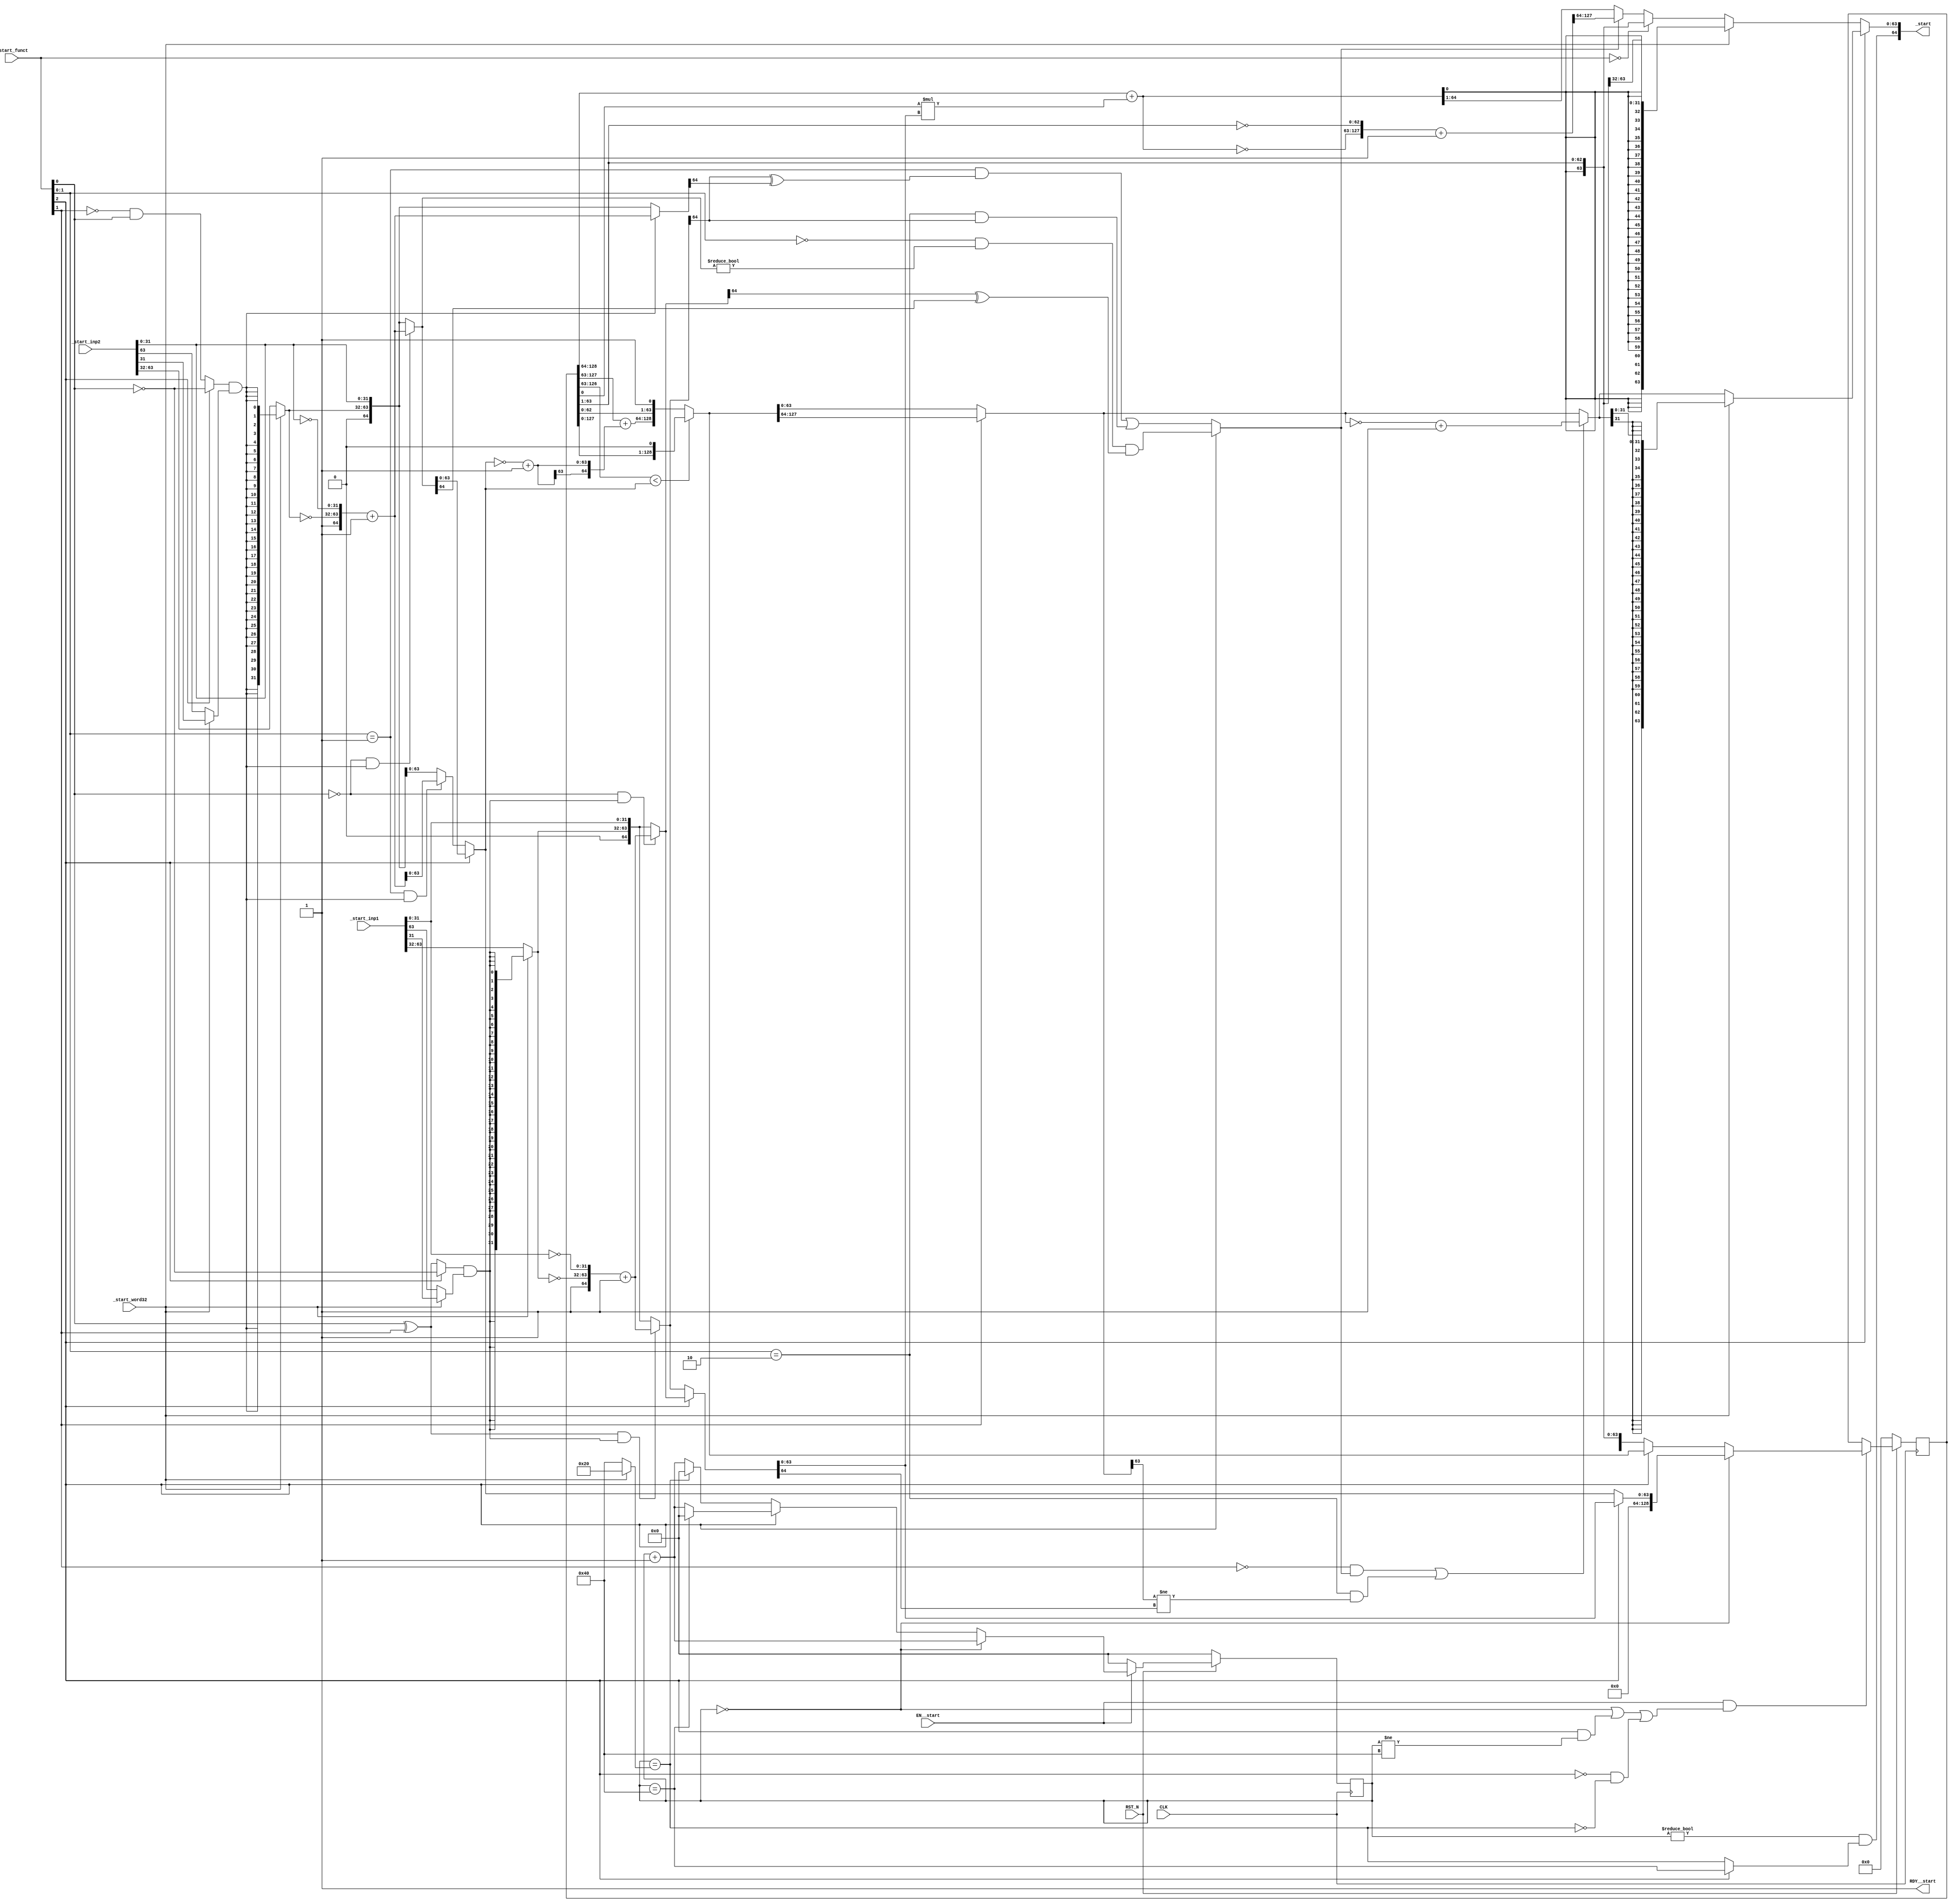
//
// Generated by Bluespec Compiler, version 2015.09.beta2 (build 34689, 2015-09-07)
//
// On Mon Dec 19 16:37:05 IST 2016
//
//
// Ports:
// Name                         I/O  size props
// _start                         O    65
// RDY__start                     O     1 const
// CLK                            I     1 clock
// RST_N                          I     1 reset
// _start_inp1                    I    64
// _start_inp2                    I    64
// _start_funct                   I     3
// _start_word32                  I     1
// EN__start                      I     1
//
// Combinational paths from inputs to outputs:
//   (_start_inp1, _start_inp2, _start_funct, _start_word32) -> _start
//
//

`ifdef BSV_ASSIGNMENT_DELAY
`else
  `define BSV_ASSIGNMENT_DELAY
`endif

`ifdef BSV_POSITIVE_RESET
  `define BSV_RESET_VALUE 1'b1
  `define BSV_RESET_EDGE posedge
`else
  `define BSV_RESET_VALUE 1'b0
  `define BSV_RESET_EDGE negedge
`endif

module mkmuldiv(CLK,
		RST_N,

		_start_inp1,
		_start_inp2,
		_start_funct,
		_start_word32,
		EN__start,
		_start,
		RDY__start);
  input  CLK;
  input  RST_N;

  // actionvalue method _start
  input  [63 : 0] _start_inp1;
  input  [63 : 0] _start_inp2;
  input  [2 : 0] _start_funct;
  input  _start_word32;
  input  EN__start;
  output [64 : 0] _start;
  output RDY__start;

  // signals for module outputs
  wire [64 : 0] _start;
  wire RDY__start;

  // register partial_prod
  reg [128 : 0] partial_prod;
  wire [128 : 0] partial_prod$D_IN;
  wire partial_prod$EN;

  // register rg_state_counter
  reg [6 : 0] rg_state_counter;
  wire [6 : 0] rg_state_counter$D_IN;
  wire rg_state_counter$EN;

  // rule scheduling signals
  wire CAN_FIRE_RL_rg_state_counter__dreg_update,
       CAN_FIRE__start,
       WILL_FIRE_RL_rg_state_counter__dreg_update,
       WILL_FIRE__start;

  // remaining internal signals
  wire [128 : 0] IF_NOT_start_funct_BIT_1_06_AND_IF_start_funct_ETC___d138,
		 _1_CONCAT_INV_partial_prod_9_BITS_128_TO_64_2_P_ETC__q3,
		 _theResult_____2__h2181,
		 remainder__h1544,
		 temp1___1__h2378,
		 temp1___2__h2356,
		 temp1___2__h2402,
		 temp1__h1185,
		 temp1__h1190;
  wire [127 : 0] _0_CONCAT_partial_prod_9_BIT_0_3_4_MUL_IF_start_ETC___d85;
  wire [64 : 0] IF_IF_start_funct_BIT_2_THEN_INV_start_funct_B_ETC___d116,
		SEXT_INV_IF_start_funct_BIT_2_THEN_IF_NOT_star_ETC___d77,
		_1_CONCAT_INV_IF_start_word32_THEN_SEXT_IF_star_ETC___d24,
		_1_CONCAT_INV_IF_start_word32_THEN_SEXT_IF_star_ETC___d45,
		in1___1__h343,
		in1__h278,
		in1__h658,
		in2___1__h344,
		in2__h279,
		in2__h659,
		partial_prod_9_BITS_128_TO_64_2_PLUS_0_CONCAT__ETC___d88,
		sub__h1191,
		sub__h1545;
  wire [63 : 0] IF_IF_start_funct_BIT_2_THEN_start_funct_BITS__ETC___d155,
		IF_start_funct_BIT_2_THEN_IF_start_word32_THEN_ETC___d158,
		IF_start_funct_EQ_0_47_THEN_partial_prod_9_BIT_ETC___d156,
		temp1190_BITS_127_TO_64__q1,
		temp1190_BITS_63_TO_0__q2,
		x__h1724;
  wire [31 : 0] IF_NOT_start_funct_BIT_1_06_AND_IF_start_funct_ETC__q4,
		upper_bits__h422,
		upper_bits__h803,
		x__h2244;
  wire [6 : 0] IF_start_funct_BIT_2_THEN_IF_rg_state_counter__ETC___d96,
	       x__h175,
	       x__h2196,
	       y__h1803;
  wire IF_start_funct_BIT_2_THEN_start_funct_BITS_1_T_ETC___d123,
       NOT_start_funct_BIT_1_06_AND_IF_start_funct_BI_ETC___d135,
       rg_state_counter_3_EQ_IF_start_word32_THEN_32__ETC___d60,
       rs1_signed__h271,
       rs2_signed__h272,
       sign__h421,
       sign__h802,
       start_funct_BIT_0_XOR_start_funct_BIT_1___d10,
       x__h839;

  // actionvalue method _start
  assign _start =
	     { rg_state_counter != 7'd0 &&
	       (_start_funct[2] ?
		  rg_state_counter == 7'd64 :
		  rg_state_counter_3_EQ_IF_start_word32_THEN_32__ETC___d60),
	       IF_start_funct_BIT_2_THEN_IF_start_word32_THEN_ETC___d158 } ;
  assign RDY__start = 1'd1 ;
  assign CAN_FIRE__start = 1'd1 ;
  assign WILL_FIRE__start = EN__start ;

  // rule RL_rg_state_counter__dreg_update
  assign CAN_FIRE_RL_rg_state_counter__dreg_update = 1'd1 ;
  assign WILL_FIRE_RL_rg_state_counter__dreg_update = 1'd1 ;

  // register partial_prod
  assign partial_prod$D_IN =
	     (rg_state_counter == 7'd0) ?
	       { 65'd0,
		 _start_funct[2] ? in1__h278[63:0] : in2__h279[63:0] } :
	       (_start_funct[2] ? temp1__h1190 : temp1__h1185) ;
  assign partial_prod$EN =
	     EN__start &&
	     (rg_state_counter == 7'd0 ||
	      _start_funct[2] && rg_state_counter != 7'd64 ||
	      !_start_funct[2] &&
	      !rg_state_counter_3_EQ_IF_start_word32_THEN_32__ETC___d60) ;

  // register rg_state_counter
  assign rg_state_counter$D_IN = EN__start ? x__h175 : 7'd0 ;
  assign rg_state_counter$EN = 1'd1 ;

  // remaining internal signals
  assign IF_IF_start_funct_BIT_2_THEN_INV_start_funct_B_ETC___d116 =
	     sign__h802 ?
	       _1_CONCAT_INV_IF_start_word32_THEN_SEXT_IF_star_ETC___d45 :
	       { 1'd0, upper_bits__h803, _start_inp2[31:0] } ;
  assign IF_IF_start_funct_BIT_2_THEN_start_funct_BITS__ETC___d155 =
	     IF_start_funct_BIT_2_THEN_start_funct_BITS_1_T_ETC___d123 ?
	       _1_CONCAT_INV_partial_prod_9_BITS_128_TO_64_2_P_ETC__q3[127:64] :
	       partial_prod_9_BITS_128_TO_64_2_PLUS_0_CONCAT__ETC___d88[64:1] ;
  assign IF_NOT_start_funct_BIT_1_06_AND_IF_start_funct_ETC___d138 =
	     NOT_start_funct_BIT_1_06_AND_IF_start_funct_BI_ETC___d135 ?
	       temp1___2__h2356 :
	       _theResult_____2__h2181 ;
  assign IF_NOT_start_funct_BIT_1_06_AND_IF_start_funct_ETC__q4 =
	     IF_NOT_start_funct_BIT_1_06_AND_IF_start_funct_ETC___d138[31:0] ;
  assign IF_start_funct_BIT_2_THEN_IF_rg_state_counter__ETC___d96 =
	     _start_funct[2] ?
	       ((rg_state_counter == 7'd64) ? 7'd0 : x__h2196) :
	       (rg_state_counter_3_EQ_IF_start_word32_THEN_32__ETC___d60 ?
		  7'd0 :
		  x__h2196) ;
  assign IF_start_funct_BIT_2_THEN_IF_start_word32_THEN_ETC___d158 =
	     _start_funct[2] ?
	       (_start_word32 ?
		  { {32{IF_NOT_start_funct_BIT_1_06_AND_IF_start_funct_ETC__q4[31]}},
		    IF_NOT_start_funct_BIT_1_06_AND_IF_start_funct_ETC__q4 } :
		  IF_NOT_start_funct_BIT_1_06_AND_IF_start_funct_ETC___d138[63:0]) :
	       (_start_word32 ?
		  { {32{x__h2244[31]}}, x__h2244 } :
		  IF_start_funct_EQ_0_47_THEN_partial_prod_9_BIT_ETC___d156) ;
  assign IF_start_funct_BIT_2_THEN_start_funct_BITS_1_T_ETC___d123 =
	     _start_funct[2] ?
	       _start_funct[1:0] == 2'd0 && in2__h659 != 65'd0 &&
	       in1__h658[64] ^ in2__h659[64] :
	       _start_funct[1:0] == 2'b01 &&
	       in1___1__h343[64] ^
	       IF_IF_start_funct_BIT_2_THEN_INV_start_funct_B_ETC___d116[64] ||
	       _start_funct[1:0] == 2'b10 && in1___1__h343[64] ;
  assign IF_start_funct_EQ_0_47_THEN_partial_prod_9_BIT_ETC___d156 =
	     (_start_funct == 3'd0) ?
	       { partial_prod_9_BITS_128_TO_64_2_PLUS_0_CONCAT__ETC___d88[0],
		 partial_prod[63:1] } :
	       IF_IF_start_funct_BIT_2_THEN_start_funct_BITS__ETC___d155 ;
  assign NOT_start_funct_BIT_1_06_AND_IF_start_funct_BI_ETC___d135 =
	     !_start_funct[1] &&
	     IF_start_funct_BIT_2_THEN_start_funct_BITS_1_T_ETC___d123 ||
	     _start_funct[1:0] == 2'b10 &&
	     _theResult_____2__h2181[63] != in1__h278[64] ;
  assign SEXT_INV_IF_start_funct_BIT_2_THEN_IF_NOT_star_ETC___d77 =
	     { x__h1724[63], x__h1724 } ;
  assign _0_CONCAT_partial_prod_9_BIT_0_3_4_MUL_IF_start_ETC___d85 =
	     { 63'd0, partial_prod[0] } * in1__h278[63:0] ;
  assign _1_CONCAT_INV_IF_start_word32_THEN_SEXT_IF_star_ETC___d24 =
	     { 1'd1, ~upper_bits__h422, ~_start_inp1[31:0] } + 65'd1 ;
  assign _1_CONCAT_INV_IF_start_word32_THEN_SEXT_IF_star_ETC___d45 =
	     { 1'd1, ~upper_bits__h803, ~_start_inp2[31:0] } + 65'd1 ;
  assign _1_CONCAT_INV_partial_prod_9_BITS_128_TO_64_2_P_ETC__q3 =
	     { 1'd1,
	       ~partial_prod_9_BITS_128_TO_64_2_PLUS_0_CONCAT__ETC___d88,
	       ~partial_prod[63:1] } +
	     129'd1 ;
  assign _theResult_____2__h2181 =
	     _start_funct[1] ? temp1___1__h2378 : temp1___2__h2402 ;
  assign in1___1__h343 =
	     (start_funct_BIT_0_XOR_start_funct_BIT_1___d10 && sign__h421) ?
	       _1_CONCAT_INV_IF_start_word32_THEN_SEXT_IF_star_ETC___d24 :
	       { 1'd0, upper_bits__h422, _start_inp1[31:0] } ;
  assign in1__h278 = _start_funct[2] ? in1__h658 : in1___1__h343 ;
  assign in1__h658 =
	     (!_start_funct[0] && sign__h421) ?
	       _1_CONCAT_INV_IF_start_word32_THEN_SEXT_IF_star_ETC___d24 :
	       { 1'd0, upper_bits__h422, _start_inp1[31:0] } ;
  assign in2___1__h344 =
	     (_start_funct[1:0] == 2'b01 && sign__h802) ?
	       _1_CONCAT_INV_IF_start_word32_THEN_SEXT_IF_star_ETC___d45 :
	       { 1'd0, upper_bits__h803, _start_inp2[31:0] } ;
  assign in2__h279 = _start_funct[2] ? in2__h659 : in2___1__h344 ;
  assign in2__h659 =
	     (!_start_funct[0] && sign__h802) ?
	       _1_CONCAT_INV_IF_start_word32_THEN_SEXT_IF_star_ETC___d45 :
	       { 1'd0, upper_bits__h803, _start_inp2[31:0] } ;
  assign partial_prod_9_BITS_128_TO_64_2_PLUS_0_CONCAT__ETC___d88 =
	     partial_prod[128:64] +
	     { 1'd0,
	       _0_CONCAT_partial_prod_9_BIT_0_3_4_MUL_IF_start_ETC___d85[63:0] } ;
  assign remainder__h1544 = { partial_prod[127:0], 1'd0 } ;
  assign rg_state_counter_3_EQ_IF_start_word32_THEN_32__ETC___d60 =
	     rg_state_counter == y__h1803 ;
  assign rs1_signed__h271 =
	     _start_funct[2] ?
	       ~_start_funct[0] :
	       start_funct_BIT_0_XOR_start_funct_BIT_1___d10 ;
  assign rs2_signed__h272 =
	     _start_funct[2] ? ~_start_funct[0] : x__h839 & _start_funct[0] ;
  assign sign__h421 =
	     rs1_signed__h271 &
	     (_start_word32 ? _start_inp1[31] : _start_inp1[63]) ;
  assign sign__h802 =
	     rs2_signed__h272 &
	     (_start_word32 ? _start_inp2[31] : _start_inp2[63]) ;
  assign start_funct_BIT_0_XOR_start_funct_BIT_1___d10 =
	     _start_funct[0] ^ _start_funct[1] ;
  assign sub__h1191 =
	     partial_prod[128:64] +
	     SEXT_INV_IF_start_funct_BIT_2_THEN_IF_NOT_star_ETC___d77 ;
  assign sub__h1545 =
	     partial_prod[127:63] +
	     SEXT_INV_IF_start_funct_BIT_2_THEN_IF_NOT_star_ETC___d77 ;
  assign temp1190_BITS_127_TO_64__q1 = temp1__h1190[127:64] ;
  assign temp1190_BITS_63_TO_0__q2 = temp1__h1190[63:0] ;
  assign temp1___1__h2378 =
	     { {65{temp1190_BITS_127_TO_64__q1[63]}},
	       temp1190_BITS_127_TO_64__q1 } ;
  assign temp1___2__h2356 = ~_theResult_____2__h2181 + 129'd1 ;
  assign temp1___2__h2402 =
	     { {65{temp1190_BITS_63_TO_0__q2[63]}},
	       temp1190_BITS_63_TO_0__q2 } ;
  assign temp1__h1185 =
	     { 1'd0,
	       partial_prod_9_BITS_128_TO_64_2_PLUS_0_CONCAT__ETC___d88,
	       partial_prod[63:1] } ;
  assign temp1__h1190 =
	     (partial_prod[126:63] < in2__h279[63:0]) ?
	       remainder__h1544 :
	       { sub__h1545, partial_prod[62:0], 1'd1 } ;
  assign upper_bits__h422 =
	     _start_word32 ? {32{sign__h421}} : _start_inp1[63:32] ;
  assign upper_bits__h803 =
	     _start_word32 ? {32{sign__h802}} : _start_inp2[63:32] ;
  assign x__h1724 = ~in2__h279[63:0] + 64'd1 ;
  assign x__h175 =
	     (rg_state_counter == 7'd0) ?
	       x__h2196 :
	       IF_start_funct_BIT_2_THEN_IF_rg_state_counter__ETC___d96 ;
  assign x__h2196 = rg_state_counter + 7'd1 ;
  assign x__h2244 =
	     { partial_prod_9_BITS_128_TO_64_2_PLUS_0_CONCAT__ETC___d88[0],
	       partial_prod[63:33] } ;
  assign x__h839 = ~_start_funct[1] ;
  assign y__h1803 = _start_word32 ? 7'd32 : 7'd64 ;

  // handling of inlined registers

  always@(posedge CLK)
  begin
    if (RST_N == `BSV_RESET_VALUE)
      begin
        partial_prod <= `BSV_ASSIGNMENT_DELAY 129'd0;
	rg_state_counter <= `BSV_ASSIGNMENT_DELAY 7'd0;
      end
    else
      begin
        if (partial_prod$EN)
	  partial_prod <= `BSV_ASSIGNMENT_DELAY partial_prod$D_IN;
	if (rg_state_counter$EN)
	  rg_state_counter <= `BSV_ASSIGNMENT_DELAY rg_state_counter$D_IN;
      end
  end

  // synopsys translate_off
  `ifdef BSV_NO_INITIAL_BLOCKS
  `else // not BSV_NO_INITIAL_BLOCKS
  initial
  begin
    partial_prod = 129'h0AAAAAAAAAAAAAAAAAAAAAAAAAAAAAAAA;
    rg_state_counter = 7'h2A;
  end
  `endif // BSV_NO_INITIAL_BLOCKS
  // synopsys translate_on

  // handling of system tasks

  // synopsys translate_off
  always@(negedge CLK)
  begin
    #0;
    if (RST_N != `BSV_RESET_VALUE)
      if (EN__start)
	$display("Taken inputs in multiplier. rs1: %h rs2: %h",
		 _start_inp1,
		 _start_inp2);
    if (RST_N != `BSV_RESET_VALUE)
      if (EN__start)
	$display("Modified inputs in multiplier. rs1: %h rs2: %h",
		 in1__h278,
		 in2__h279);
    if (RST_N != `BSV_RESET_VALUE)
      if (EN__start && rg_state_counter != 7'd0 && _start_funct[2])
	$display("Division. Partial :%h Sub: %h Counter: %d",
		 temp1__h1190,
		 sub__h1191,
		 rg_state_counter);
    if (RST_N != `BSV_RESET_VALUE)
      if (EN__start && rg_state_counter != 7'd0 && !_start_funct[2])
	$display("multiplication. Partial :%h Counter: %d",
		 temp1__h1185,
		 rg_state_counter);
  end
  // synopsys translate_on
endmodule  // mkmuldiv